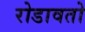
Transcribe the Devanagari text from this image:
रोडावतो